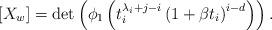
LaTeX: \begin{align*}[X_w] = \det\left(\phi_1\left(t_i^{\lambda_i+j-i} \left(1+\beta t_i\right)^{i-d}\right)\right).\end{align*}